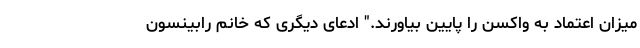
میزان اعتماد به واکسن را پایین بیاورند." ادعای دیگری که خانم رابینسون